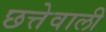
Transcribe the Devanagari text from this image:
छत्तेवाली